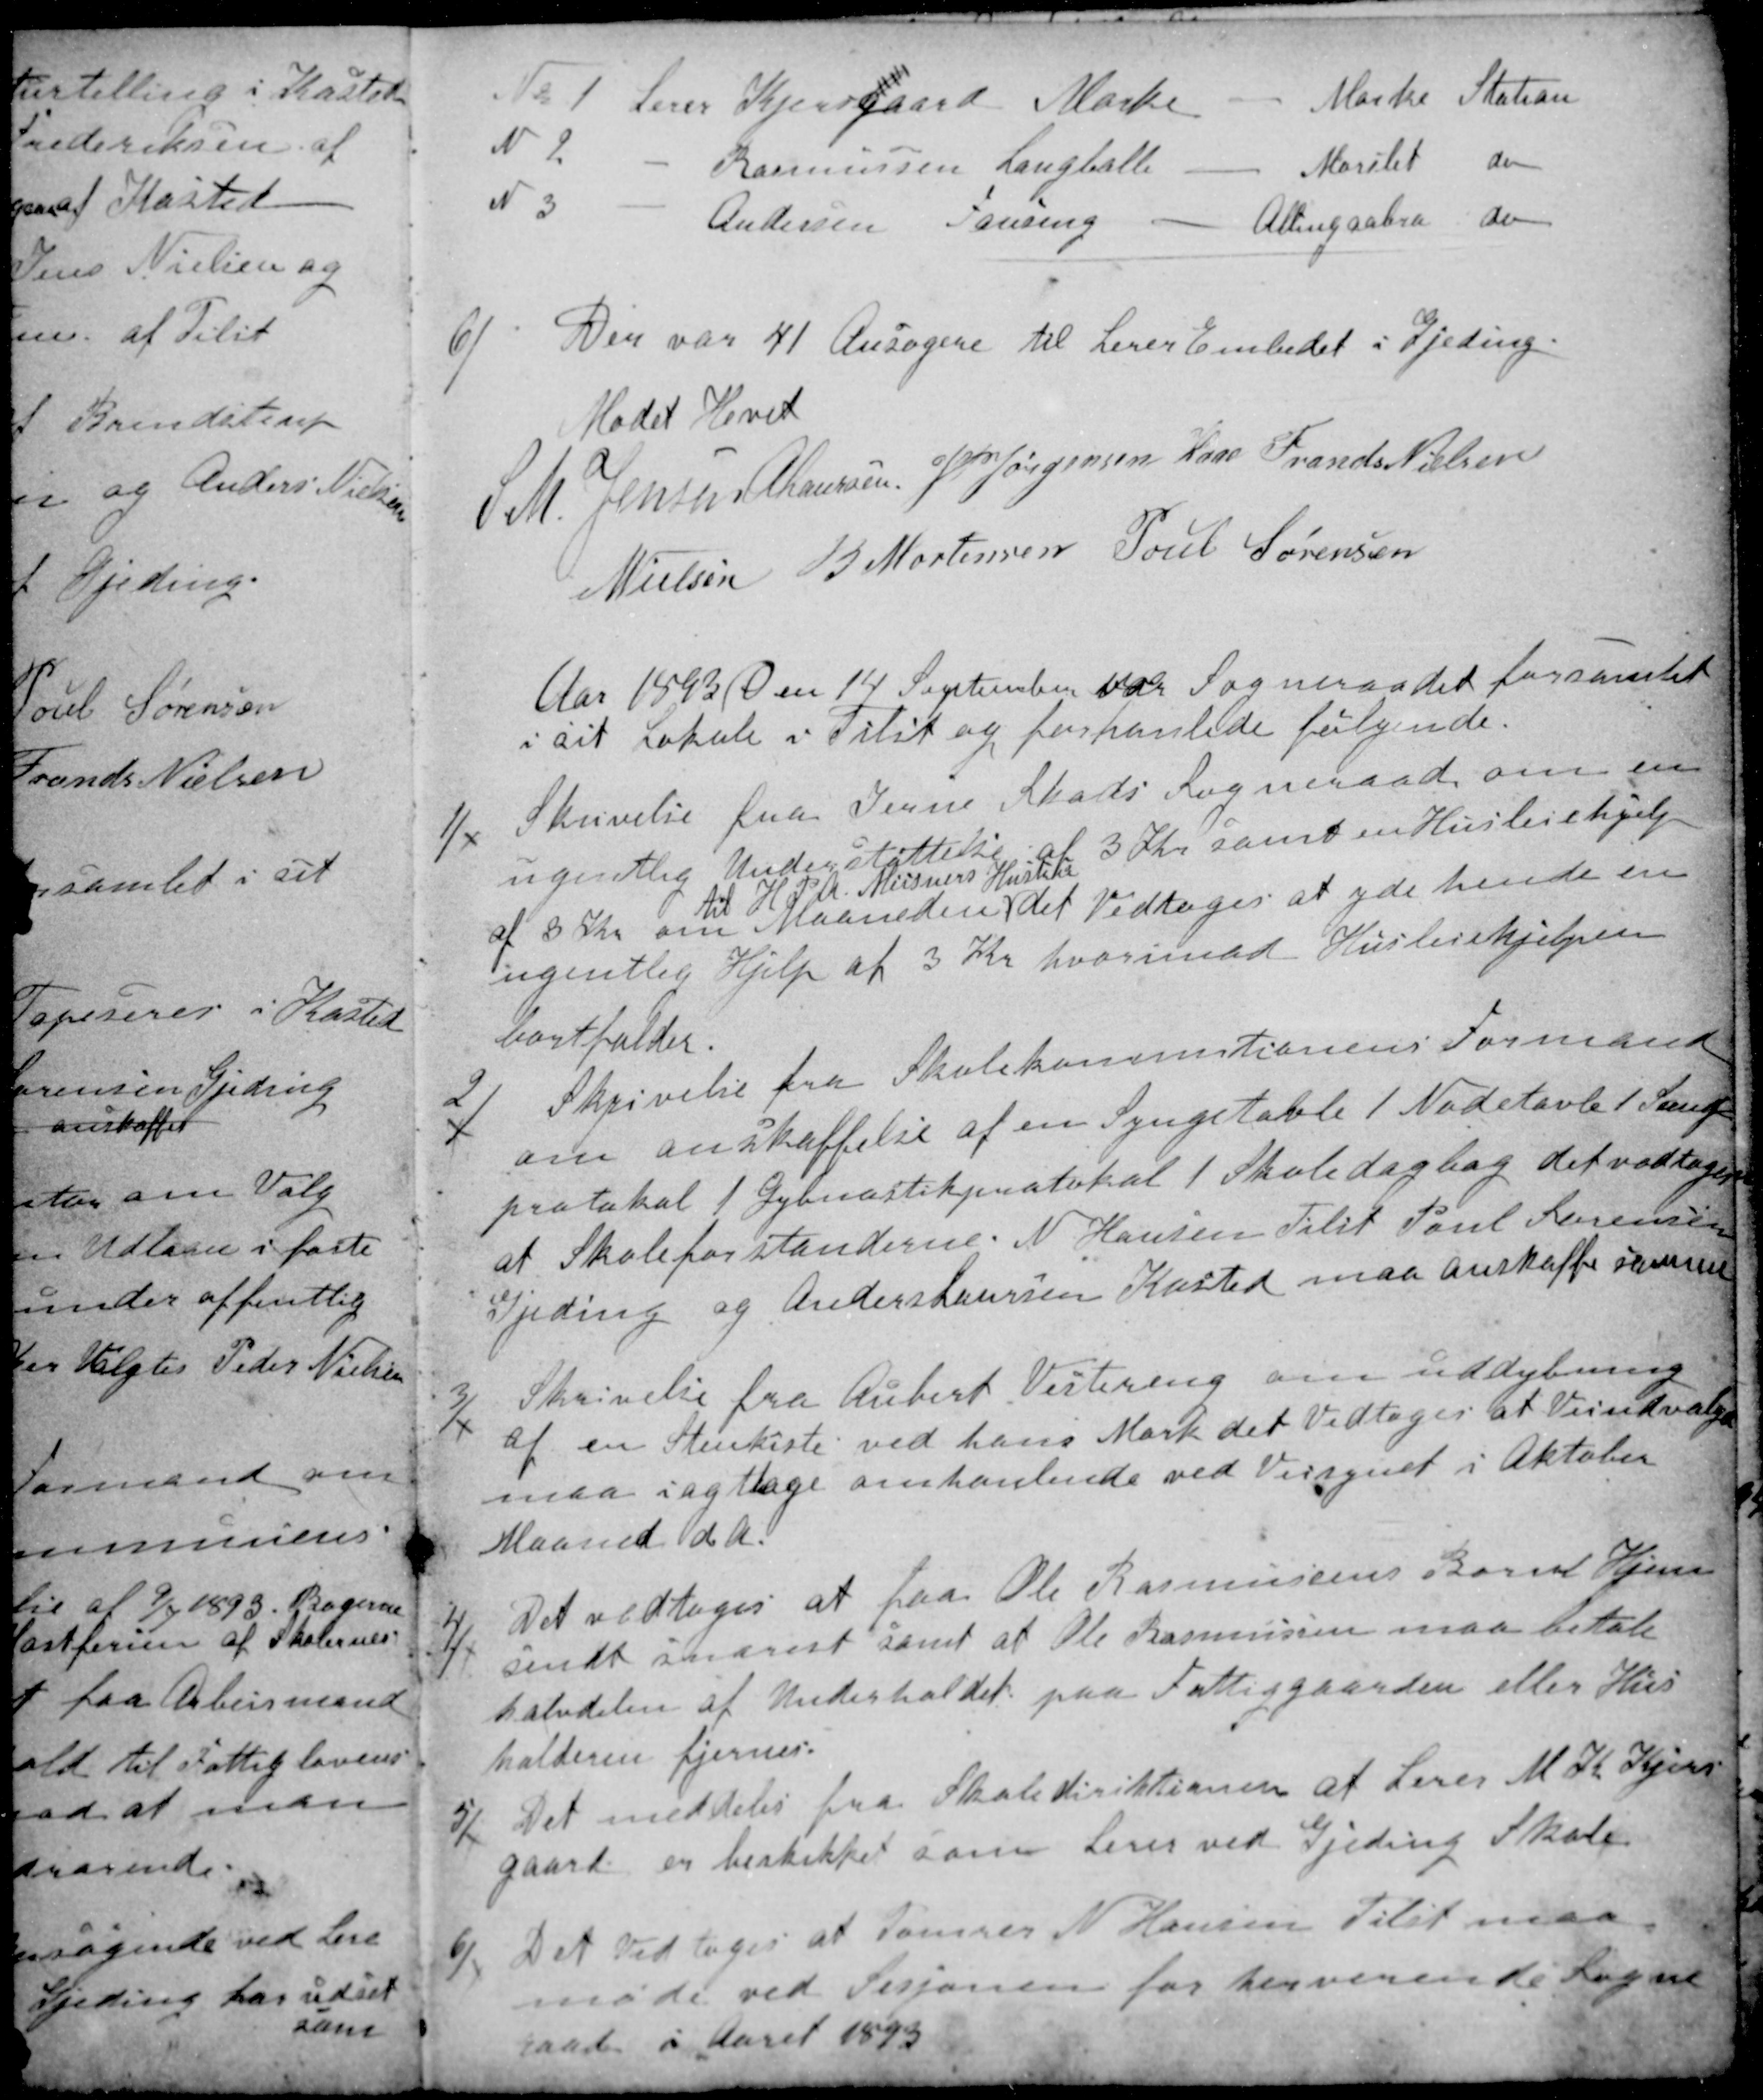
Transskription:
No 1 Lerer Kjersgaard Mørke - Mørke Station
N 2.
Morslet do
Rasmussen Langballe
N 3
Andersen Fausing
Allingaabro do
6) 
Der var 41 Ansøgere til Lerer Embedet i Gjeding.
Mødet Hevet
S. M. Jensen
A Laursen
J PJørgensen Kaae
Frands Nielsen
N Nielsen
B Mortensen
Poul Sørensen
Aar 1893 den 14 September var Sogneraadet forsamlet
i sit Lokale i Tilst og forhanlede følgende.
1)
Skrivelse fra Jerne Skads Sogneraad om en
ugentlig Understøttelse af 3 Kr. samt en Husleiehjelp
af 8 Kr. om Maaneden
til H P A Meisners Hustru
det Vedtoges at yde hende en
ugentlig Hjelp af 3 Kr hvorimod Husleiehjelpen
bortfalder.
2)
Skrivelse fra Skolekommitionens Formand
om anskaffelse af en Syngetavle 1 Nodetavle 1 Sang-
protokol 1 Gymnastikprotokol 1 Skoledagbog det vedtoges
at Skoleforstanderne N Hansen Tilst Poul Sørensen
Gjeding og Anders Laursen Kasted maa anskaffe samme
3)
Skrivelse fra Aubert Vestereng om uddybning
af en Stenkiste ved hans Mark det vedtoges at Veiudvalget
maa iagttage omhanlende ved Veisynet i Oktober
Maaned d. A.
4)
Det vedtoges at faa Ole Rasmussens Barn Hjem
sendt snarest samt at Ole Rasmussen maa betale
halvdelen af Underholdet paa Fattiggaarden eller Hus-
holderen fjernes.
5)
Det meddeles fra Skoledirektionen at Lerer M. K. Kjers-
gaard er beskikket som Lerer ved Gjeding Skole.
6)
Det Vedtoges at Tømrer N Hansen Tilst maa
møde ved Sesjonen for herverende Sogne
raad i Aaret 1893